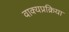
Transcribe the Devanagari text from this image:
वाक्यप्रक्रिया